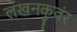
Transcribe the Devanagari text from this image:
लखनकुवंर